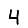
Digit: 4